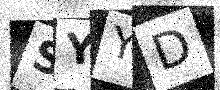
Text: SYYD